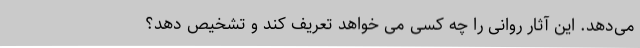
می‌دهد. این آثار روانی را چه کسی می خواهد تعریف کند و تشخیص دهد؟